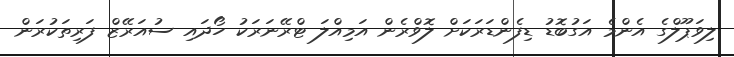
ލިވަޕޫލްގެ އެންމެ އަގުބޮޑު ޑިފެންޑަރަކަށް ލޮވްރެން އަމިއްލަ ޓްރޭނަރަކު ހޯދައި ސުއަރޭޒް ފަރިތަކުރަން